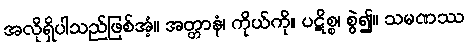
အလိုရှိပါသည်ဖြစ်အံ့။ အတ္တာနံ၊ ကိုယ်ကို။ ပဋိစ္စ၊ စွဲ၍။ သမဏဿ